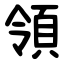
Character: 領